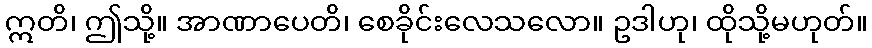
ဣတိ၊ ဤသို့။ အာဏာပေတိ၊ စေခိုင်းလေသလော။ ဥဒါဟု၊ ထိုသို့မဟုတ်။